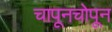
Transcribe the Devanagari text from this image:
चापूनचोपून